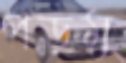
পড়মু